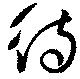
待